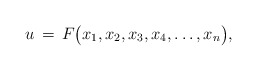
\begin{align*}u\,=\,F\big(x_1,x_2,x_3,x_4,\dots,x_n\big),\end{align*}